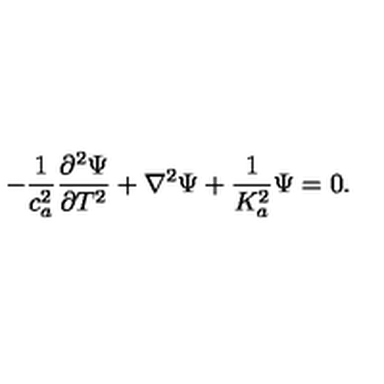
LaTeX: - \frac { 1 } { c _ { a } ^ { 2 } } \frac { \partial ^ { 2 } \Psi } { \partial T ^ { 2 } } + \nabla ^ { 2 } \Psi + \frac { 1 } { K _ { a } ^ { 2 } } \Psi = 0 .